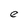
Character: e